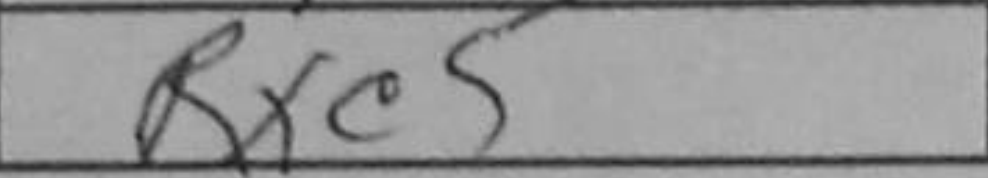
Transcription: Rxc5